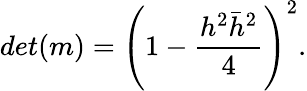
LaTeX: det(m)=\left(1-{\frac{h^{2}\bar{h}^{2}}{4}}\right)^{2}.